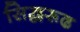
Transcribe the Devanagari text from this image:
सिद्धरूढ